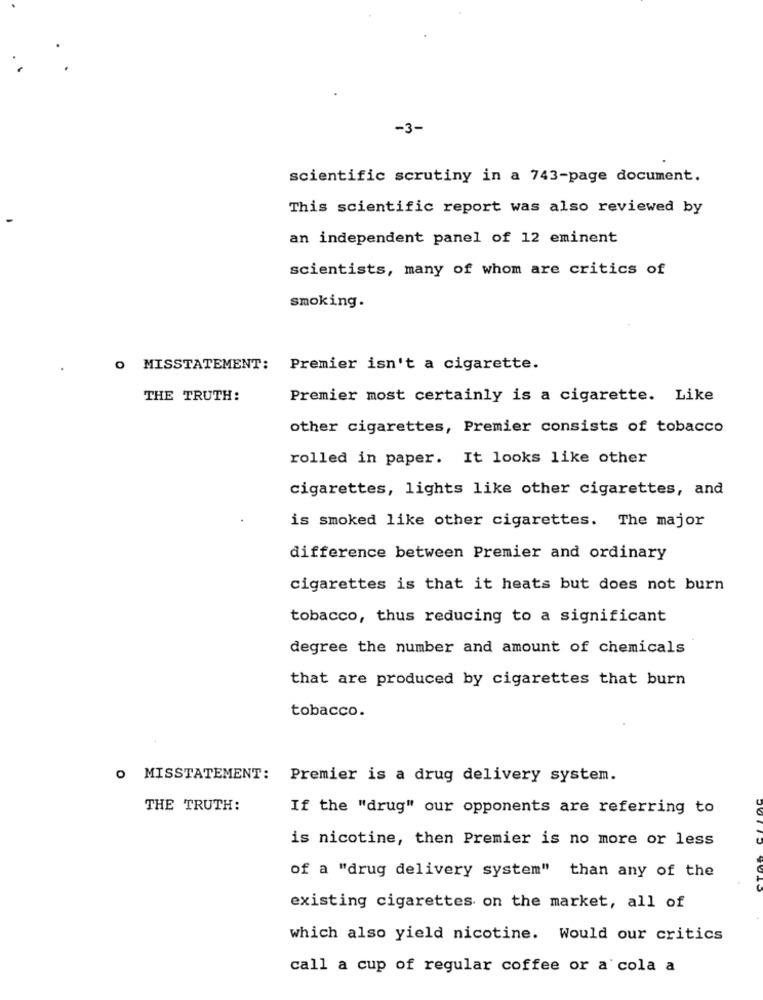
-3-
scientific scrutiny in a 743-page document.
This scientific report was also reviewed by
an independent panel of 12 eminent
scientists, many of whom are critics of
smoking.
O MISSTATEMENT:
Premier isn't a cigarette.
THE TRUTH:
Premier most certainly is a cigarette. Like
other cigarettes, Premier consists of tobacco
rolled in paper. It looks like other
cigarettes, lights like other cigarettes, and
is smoked like other cigarettes. The major
difference between Premier and ordinary
cigarettes is that it heats but does not burn
tobacco, thus reducing to a significant
degree the number and amount of chemicals
that are produced by cigarettes that burn
tobacco.
O MISSTATEMENT:
Premier is a drug delivery system.
THE TRUTH:
If the "drug" our opponents are referring to
is nicotine, then Premier is no more or less
of a "drug delivery system" than any of the
existing cigarettes on the market, all of
which also yield nicotine. Would our critics
call a cup of regular coffee or a cola a